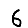
Digit: 6